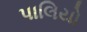
પાલિયો